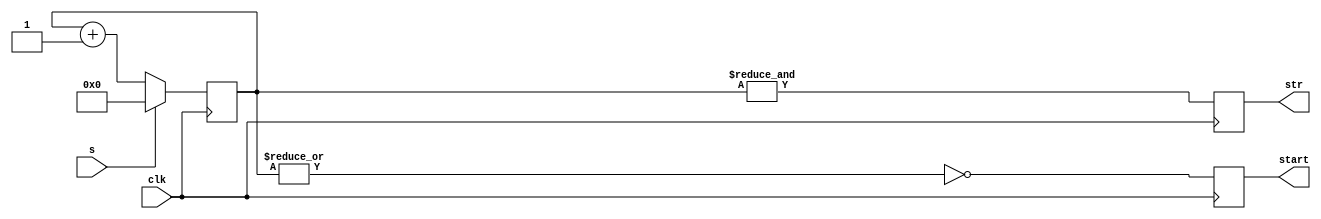
module control (clk, s, start, str);
input clk, s;
output reg start, str;
reg [3:0] count;
wire _str;
wire _start;
  
assign _str = &count;                           //4'b1111str
assign _start = ~(|count);                      //0start

always @ (posedge clk)
	count <= (s == 1'd1) ? 4'd0 : count + 1'b1;  //
		
always @ (negedge clk)                          //startstr
	begin
		start <= _start;
		str <= _str;
	end
		
endmodule